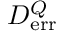
{ \cal D } _ { \mathrm { e r r } } ^ { Q }